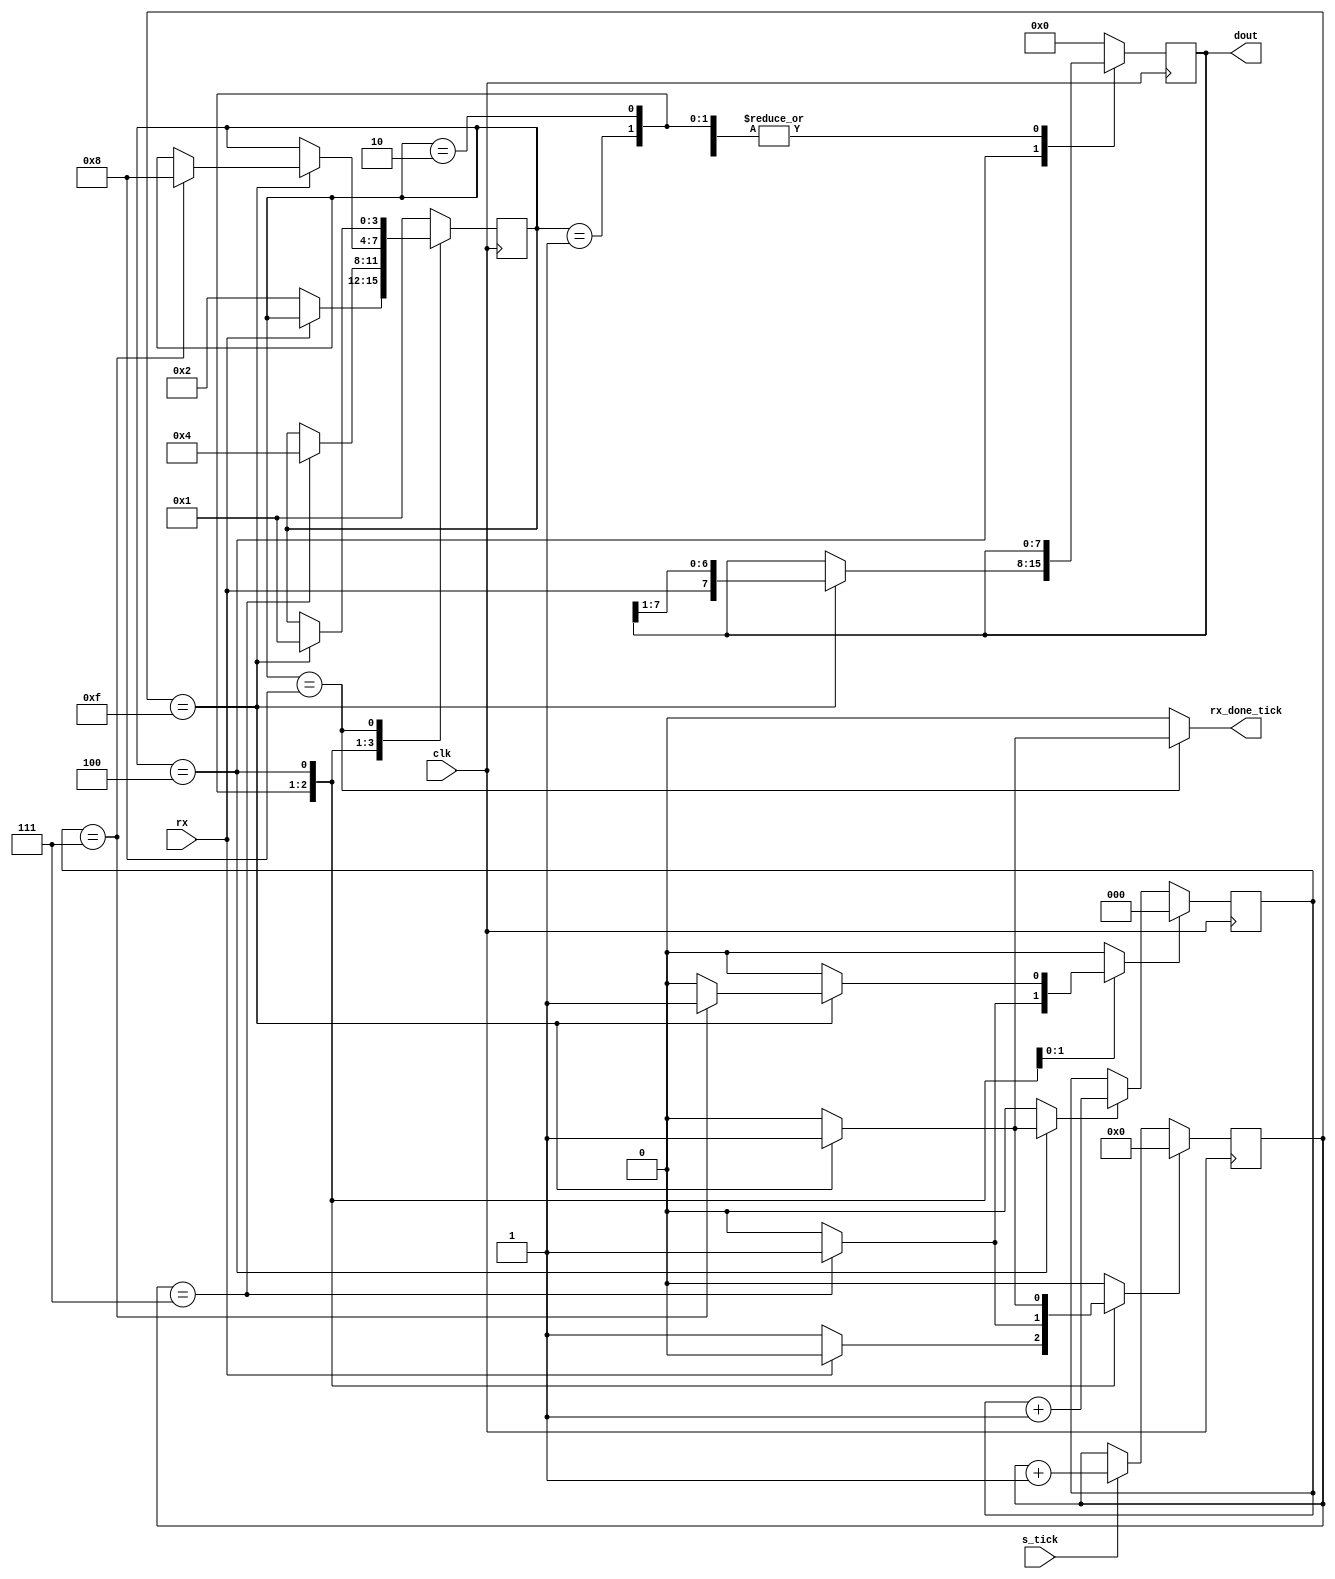
`timescale 1ns / 1ps
//////////////////////////////////////////////////////////////////////////////////
// Company: 
// Engineer: 
// 
// Create Date: 
// Design Name: 
// Module Name: Rx
// Project Name: 
// Target Devices: 
// Tool Versions: 
// Description: 
// 
// Dependencies: 
// 
// Revision:
// Revision 0.01 - File Created
// Additional Comments:
// 
//////////////////////////////////////////////////////////////////////////////////


module Rx
  #(
    parameter N_DATA = 8,
    parameter N_STOP = 1,
    parameter BAUDRATE = 19200,
    parameter CLOCK = 100000000,
    parameter TICK_RATE = CLOCK / (BAUDRATE * 16),
    parameter N_TICK_COUNTER = $clog2(TICK_RATE),
    parameter N_DATA_COUNTER = $clog2(N_DATA)                  
    )
   (
    output wire [N_DATA - 1 : 0] dout,
    output reg rx_done_tick,
    input wire clk,
    input wire s_tick,
    input wire rx
    );
  
    localparam N_STATES = 4;
    localparam N_TICKS = 16;
    localparam N_STOP_TICKS = N_STOP * N_TICKS;
   
    localparam [N_STATES - 1 : 0] IDLE = 4'b0001;
    localparam [N_STATES - 1 : 0] START = 4'b0010;
    localparam [N_STATES - 1 : 0] DATA = 4'b0100;
    localparam [N_STATES - 1 : 0] STOP = 4'b1000;

    reg [N_STATES - 1 : 0] state;
    reg [N_STATES - 1 : 0] state_next;

    reg [N_TICK_COUNTER - 1 : 0] tick_counter;
    reg reset_tick_counter;
    
    reg [N_DATA - 1 : 0] data;
    reg [N_DATA - 1 : 0] data_next;
    reg [N_DATA_COUNTER - 1 : 0] data_bit_counter;
    reg reset_data_counter;
    reg data_counter_flag;
    
  
    always @(posedge clk) begin
        state <= state_next;
        data <= data_next;
    end
    
    always @ (posedge clk) begin
        if (reset_tick_counter)
            tick_counter <= 0;
        else if (s_tick)
            tick_counter <= tick_counter + 1;
    end

    always @ (posedge clk)
    begin
        if (reset_data_counter)
            data_bit_counter <= 0;
        else if(data_counter_flag)
            data_bit_counter <= data_bit_counter + 1;
    end

    always @(*) begin
        state_next = state;
        data_next = data;
        reset_tick_counter = 0;
        reset_data_counter = 0;
        data_counter_flag = 0;
        rx_done_tick = 0;

        case(state)
            IDLE: begin
                if(rx == 0) begin
                    state_next = START;
                    reset_tick_counter = 1;
                end
            end
            START: begin
                if(tick_counter == 7) begin
                    state_next = DATA;
                    reset_tick_counter = 1;
                    reset_data_counter = 1;
                end         
            end
            DATA: begin
                if(tick_counter == 15) begin
                    data_next = {rx, data[N_DATA - 1 : 1]};
                    reset_tick_counter = 1;
                    data_counter_flag = 1;              
                    if( data_bit_counter == N_DATA - 1 ) begin
                        state_next = STOP;
                        reset_data_counter = 1;
                    end
                end
            end
            STOP: begin
                if( tick_counter == N_STOP_TICKS - 1 ) begin
                    state_next = IDLE;
                    rx_done_tick = 1;
                end
            end
            default: begin
                state_next = IDLE;
                data_next = 0;
            end
        endcase
    end
    
    assign dout = data;
  
endmodule